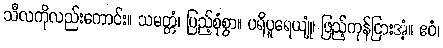
သီလကိုလည်းကောင်း။ သမတ္တံ၊ ပြည့်စုံစွာ။ ပရိပူရေယျုံ၊ ဖြည့်ကုန်ငြားအံ့။ ဧဝံ၊